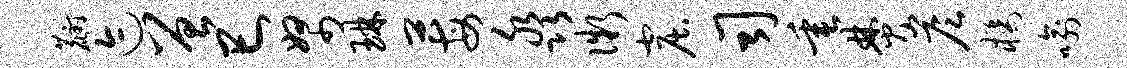
麝迹曾巳帑琳莓淼微窟司垂焚答橘喻